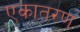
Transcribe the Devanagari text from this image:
एकातरण